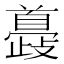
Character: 𩠮